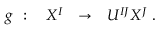
g \ : \quad X ^ { I } \ \ \rightarrow \ \ U ^ { I J } X ^ { J } \ .